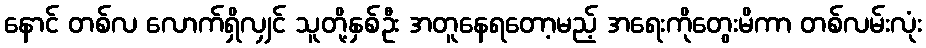
နောင် တစ်လ လောက်ရှိလျှင် သူတို့နှစ်ဦး အတူနေရတော့မည့် အရေးကိုတွေးမိကာ တစ်လမ်းလုံး